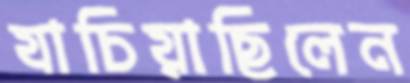
যাচিয়াছিলেন